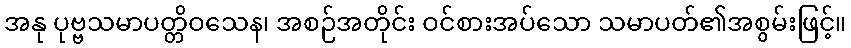
အနု ပုဗ္ဗသမာပတ္တိဝသေန၊ အစဉ်အတိုင်း ဝင်စားအပ်သော သမာပတ်၏အစွမ်းဖြင့်။